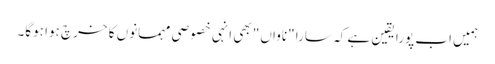
ہمیں اب پورا یقین ہے کہ سارا "ناواں" بھی انہی خصوصی مہمانوں کا خرچ ہوا ہوگا۔